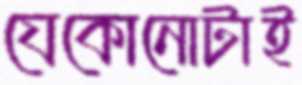
যেকোনোটাই